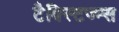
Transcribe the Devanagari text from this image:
टैक्स्टिज्म्स